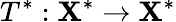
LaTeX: T^{*}:\mathbf{X}^{*}\to\mathbf{X}^{*}